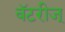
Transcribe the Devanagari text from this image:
बॅटरीज्